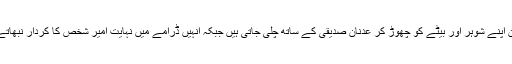
اس قسط میں عائزہ خان اپنے شوہر اور بیٹے کو چھوڑ کر عدنان صدیقی کے ساتھ چلی جاتی ہیں جبکہ انہیں ڈرامے میں نہایت امیر شخص کا کردار نبھاتے ہوئے دکھایا گیا ہے۔